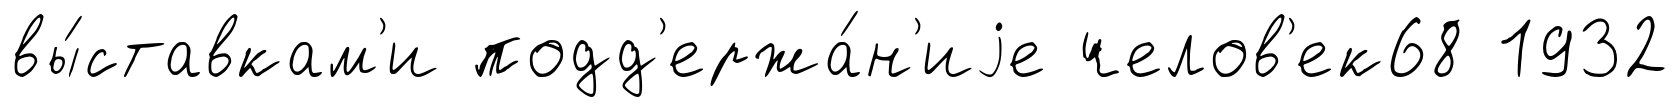
вы́ставкам'и подд'ержа́н'иjе челов'ек68 1932